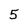
Character: 5